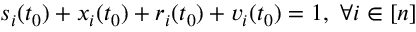
s _ { i } ( t _ { 0 } ) + x _ { i } ( t _ { 0 } ) + r _ { i } ( t _ { 0 } ) + v _ { i } ( t _ { 0 } ) = 1 , ~ \forall i \in [ n ]